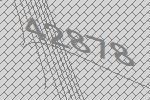
42878